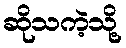
ဆိုသကဲ့သို့